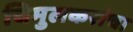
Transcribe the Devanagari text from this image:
चिमुलकरांचा